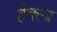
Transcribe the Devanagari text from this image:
हेक्ला